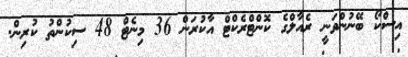
އިސްކޯ ބޭނުންވަނީ ރެއާލްގެ ކޮންޓްރެކްޓް އާކުރަން 36 މިނެޓް 48 ސިކުންތު ކުރިން.